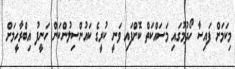
މިކަމަށް ފައިސާ ހޯދުމުގައި މަސައްކަތް ކޮށްފައި ވަނީ ކުރީގެ ކައުންސިލުންކަން ހަނީފު އިބްރާހީމަށް